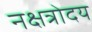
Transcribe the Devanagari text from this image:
नक्षत्रोदय